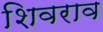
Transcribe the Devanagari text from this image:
शिवराव